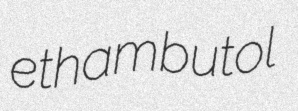
ethambutol